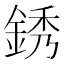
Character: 銹